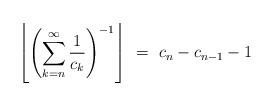
LaTeX: \begin{align*}\left\lfloor\left(\sum_{k = n}^{\infty} \frac{1}{c_{k}}\right)^{-1}\right\rfloor \ = \ c_{n}-c_{n-1}-1 \end{align*}